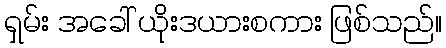
ရှမ်း အခေါ် ယိုးဒယားစကား ဖြစ်သည်။